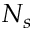
N _ { s }